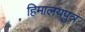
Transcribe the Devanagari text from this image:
हिमालयपुत्र